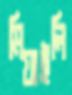
মিয়াইলি